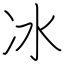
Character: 冰